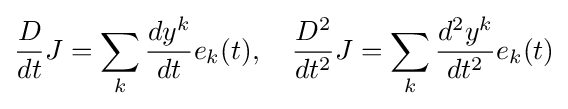
{\frac {D}{dt}}J=\sum _{k}{\frac {dy^{k}}{dt}}e_{k}(t),\quad {\frac {D^{2}}{dt^{2}}}J=\sum _{k}{\frac {d^{2}y^{k}}{dt^{2}}}e_{k}(t)